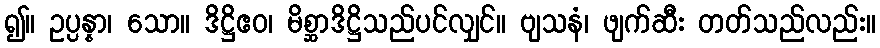
၍။ ဥပ္ပန္နာ၊ သော။ ဒိဋ္ဌိဧဝ၊ မိစ္ဆာဒိဋ္ဌိသည်ပင်လျှင်။ ဗျသနံ၊ ဖျက်ဆီး တတ်သည်လည်း။